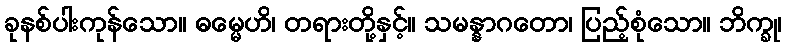
ခုနစ်ပါးကုန်သော။ ဓမ္မေဟိ၊ တရားတို့နှင့်။ သမန္နာဂတော၊ ပြည့်စုံသော။ ဘိက္ခု၊